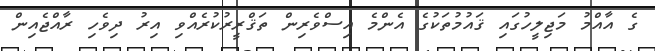
ގެ އާއްމު މަޖިލީހުގައި ޤައުމުތަކުގެ އެންމެ އިސްވެރިން ތަޤްރީރުކުރެއްވި އިރު ދިވެހި ރާއްޖެއިން